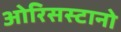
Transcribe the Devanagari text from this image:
ओरिसस्टानो